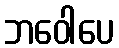
ဘဝေါပေ